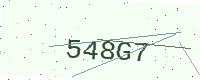
Text: 548G7